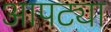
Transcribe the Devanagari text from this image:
आपट्या